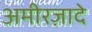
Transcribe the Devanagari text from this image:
अमीरज़ादे